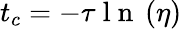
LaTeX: t_{c}=-\tau\mathrm{~l~n~}\left(\eta\right)